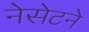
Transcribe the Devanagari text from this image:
नेसेटने